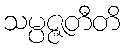
သမ္ပဇ္ဇတီတိ